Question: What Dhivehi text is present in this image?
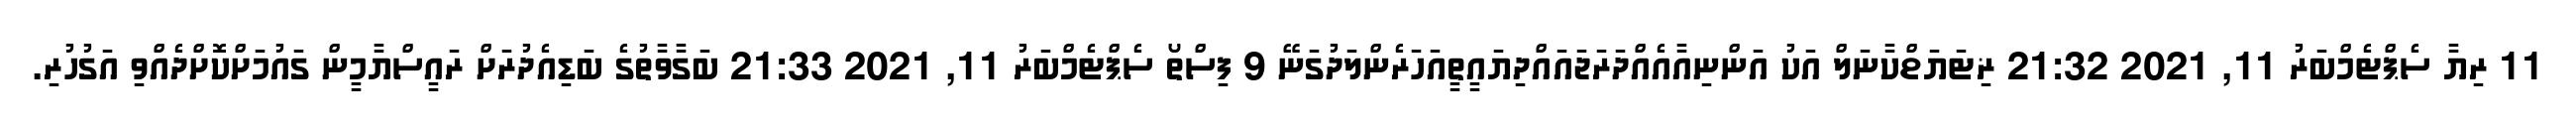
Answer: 11 ރިޔާ ސެޕްޓެމްބަރު 11, 2021 21:32 ޜިޓަޔަޱްކާނަލް އަކު އަންނިއާއެއްދަރަޖައައްދިޔައީތީއަހަރެންލަދުގަނޭ 9 ފިސްތޯ ސެޕްޓެމްބަރު 11, 2021 21:33 ބަގާވާތުގެ ބަޑިއެދުރަށް ރައީސްޔާމީން ގައުމަށްކޮށްދެއްވި އަގުހުރި.